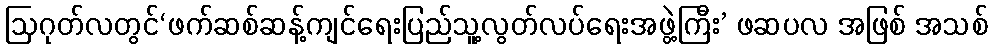
ဩဂုတ်လတွင်‘ဖက်ဆစ်ဆန့်ကျင်ရေးပြည်သူ့လွတ်လပ်ရေးအဖွဲ့ကြီး’ ဖဆပလ အဖြစ် အသစ်